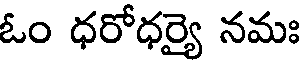
ఓం ధరోధర్యై నమః